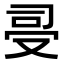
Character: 𠭈